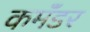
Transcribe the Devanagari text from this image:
कमॅंडर